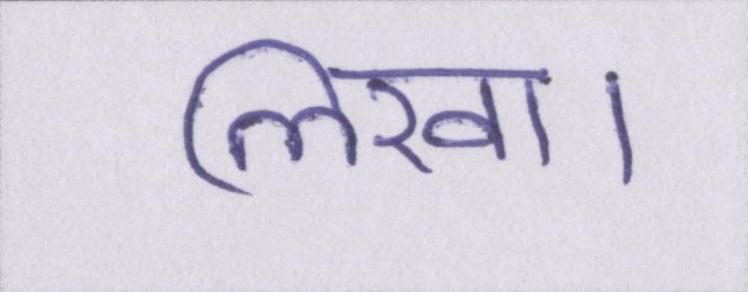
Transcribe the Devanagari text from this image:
लिखा।